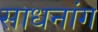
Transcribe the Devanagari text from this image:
साधनांग